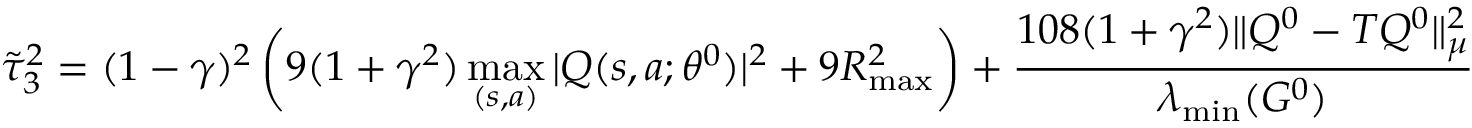
\tilde { \tau } _ { 3 } ^ { 2 } = ( 1 - \gamma ) ^ { 2 } \left( 9 ( 1 + \gamma ^ { 2 } ) \operatorname* { m a x } _ { ( s , a ) } | Q ( s , a ; \theta ^ { 0 } ) | ^ { 2 } + 9 R _ { \operatorname* { m a x } } ^ { 2 } \right) + \frac { 1 0 8 ( 1 + \gamma ^ { 2 } ) \| Q ^ { 0 } - T Q ^ { 0 } \| _ { \mu } ^ { 2 } } { \lambda _ { \operatorname* { m i n } } ( G ^ { 0 } ) }